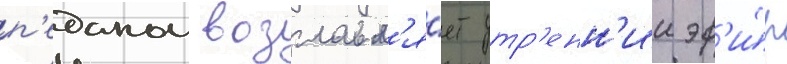
п'еданом возглавл'я́ет утр'енн'ии эф'и́р